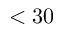
< 3 0